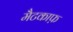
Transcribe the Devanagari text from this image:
मैटकाफ़